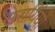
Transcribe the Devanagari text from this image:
सरायिंयों